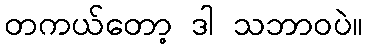
တကယ်တော့ ဒါ သဘာဝပဲ။